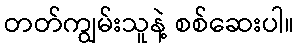
တတ်ကျွမ်းသူနဲ့ စစ်ဆေးပါ။